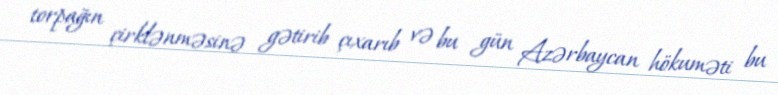
torpağın çirklənməsinə gətirib çıxarıb və bu gün Azərbaycan hökuməti bu